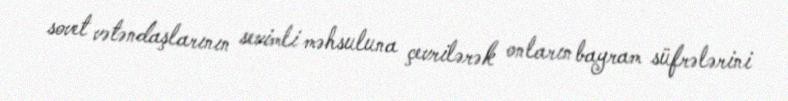
sovet vətəndaşlarının sevimli məhsuluna çevrilərək onların bayram süfrələrini